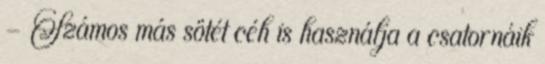
- Számos más sötét céh is használja a csatornáik